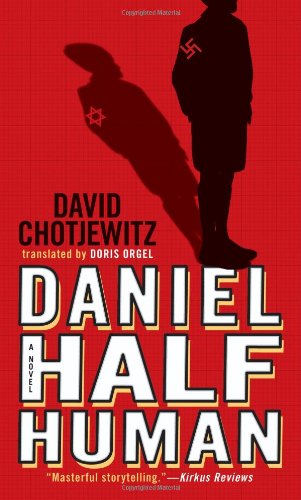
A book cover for Daniel Half Human: And the Good Nazi (Richard Jackson Books (Atheneum Hardcover)); David Chotjewitz; Teen & Young Adult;